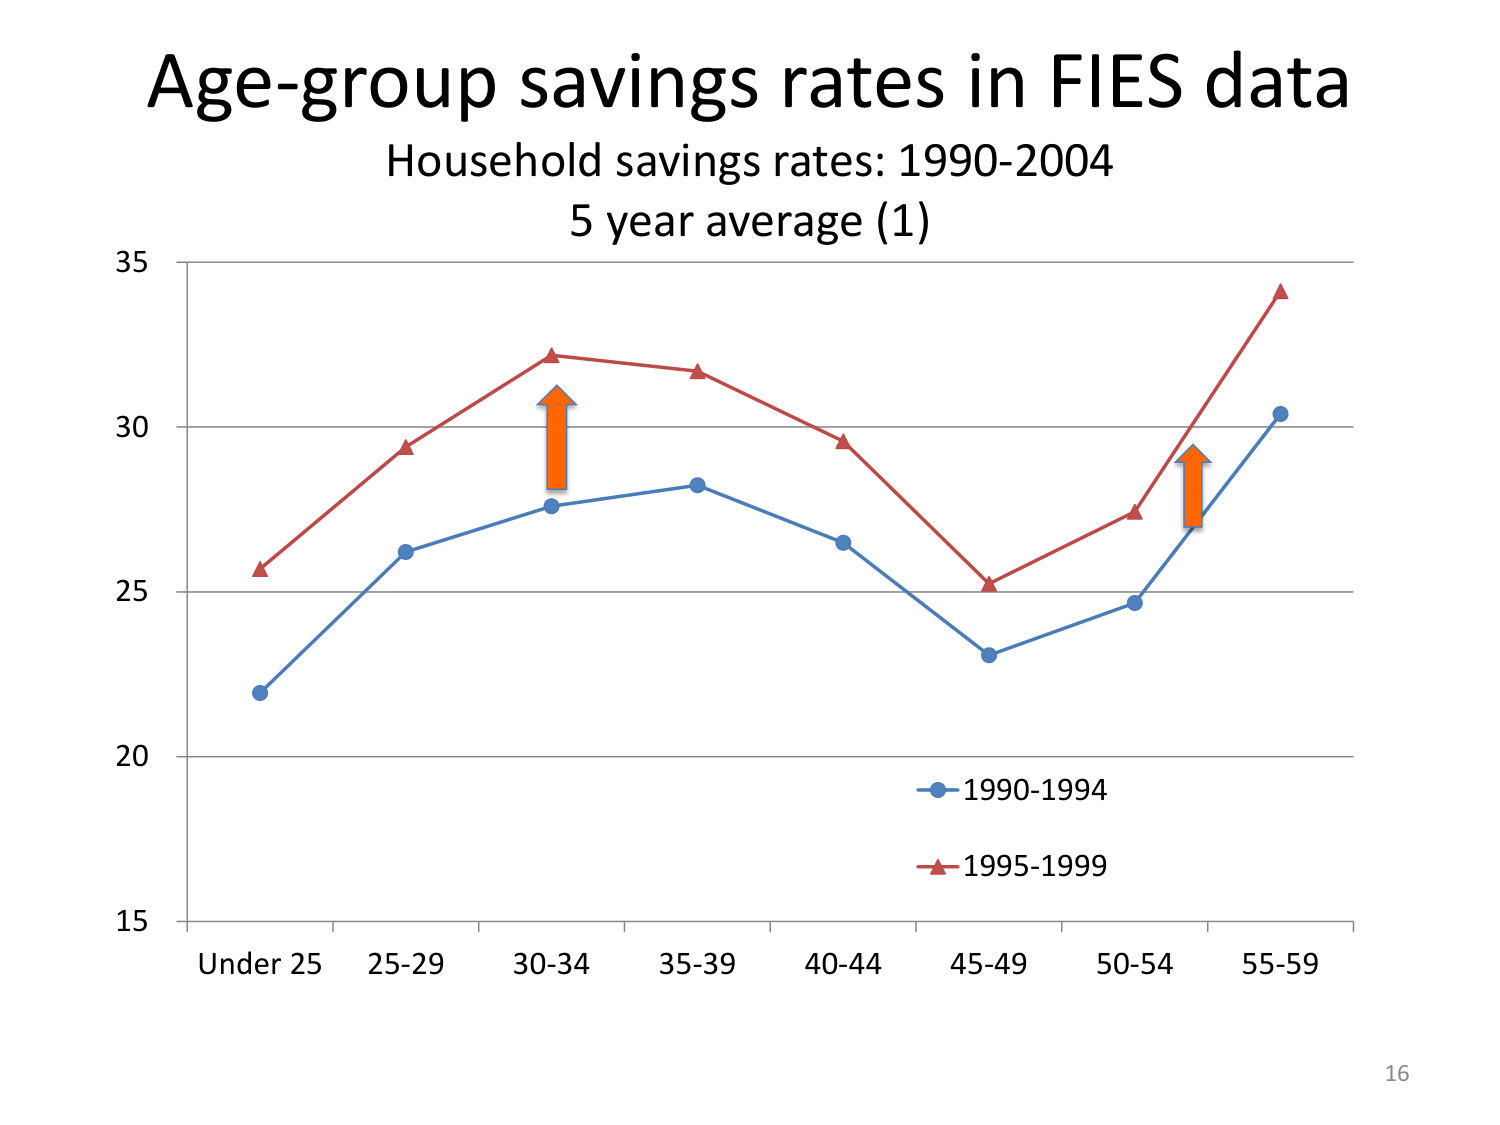
Age-group savings rates in FIES data
Household savings rates: 1990-2004
5 year average (1)
35
30
25
20
15
Under 25  25-29  30-34  35-39  40-44  45-49  50-54  55-59
1990-1994
1995-1999
16